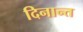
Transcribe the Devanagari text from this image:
दिनान्त